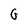
Character: G